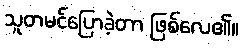
သူတမင်ပြောခဲ့တာ ဖြစ်လေ၏။